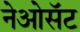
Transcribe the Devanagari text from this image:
नेओसॅट